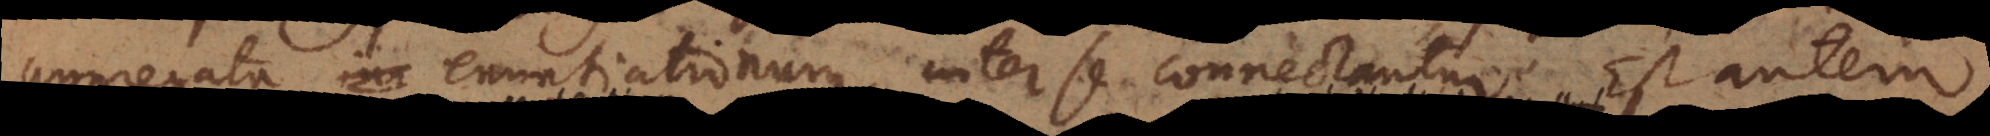
aggregata enuntiationum, inter se connectantur. Est autem